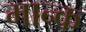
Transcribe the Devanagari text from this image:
मान्क